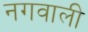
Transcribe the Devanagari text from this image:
नगवाली